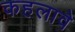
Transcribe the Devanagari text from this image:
कहलावे